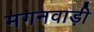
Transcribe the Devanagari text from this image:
मगनवाड़ी